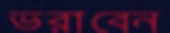
ভরাবেন